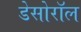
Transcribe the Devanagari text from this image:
डेसोरॉल